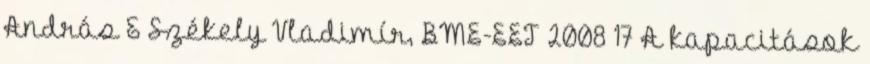
András & Székely Vladimír, BME-EET 2008 17 A kapacitások